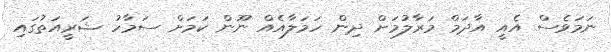
ނަމަވެސް އެއީ އާދަމް މަރާލުމަށް ދިން ހަމަލާއެއް ނޫން ކަމަށް ސަމާހު ޝަރީއަތުގައި